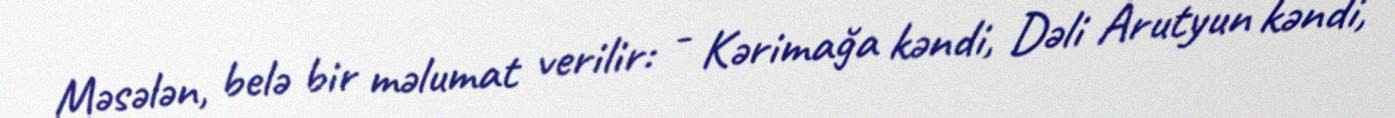
Məsələn, belə bir məlumat verilir: - Kərimağa kəndi, Dəli Arutyun kəndi,